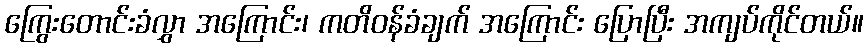
ကြွေးတောင်းခံလွှာ အကြောင်း၊ ကတိဝန်ခံချက် အကြောင်း ပြောပြီး အကျပ်ကိုင်တယ်။